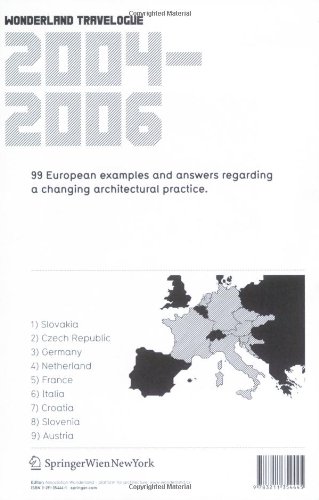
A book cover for Wonderland Travelogue 20042006: 99 European examples and answers regarding a changing architectural practice; Travel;